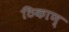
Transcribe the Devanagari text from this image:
ठिकाण्